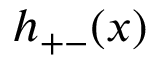
h _ { + - } ( x )